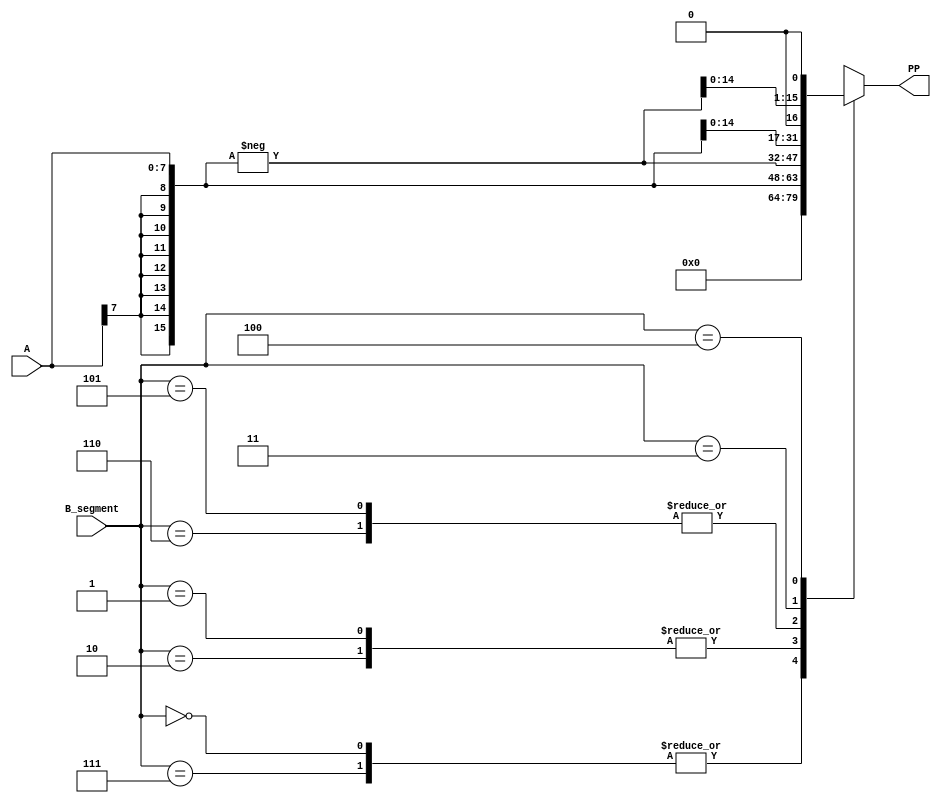
module booth_encoder (
	//	Outputs
	PP,
	// 	Input
	A, B_segment
	);
	input 	[7:0] 	A;
	input 	[2:0] 	B_segment;
	output	[15:0]	PP;
	reg 	[15:0]	PP;
	reg 	[15:0]	A_extended;

	always @ (A or B_segment) begin
		A_extended = {{8{A[7]}},A};	
		case (B_segment)
			3'b000,3'b111: 	PP<= 0;
			3'b001,3'b010: 	PP<= A_extended;
			3'b101,3'b110: 	PP<= (-A_extended);
			3'b011:		PP<= (A_extended<<1);
			3'b100:		PP<= (-A_extended<<1);
		endcase
	end
endmodule

module booth_mult(
	//	Outputs
	p,
	//	Inputs
	a, b
	);
	input 	[7:0]	a,b;
	output 	[15:0]	p;
	reg 	[15:0]	p;
	wire	[15:0]	PP1,PP2,PP3,PP4;
	booth_encoder booth1(PP1,a,{b[1],b[0],1'b0});
	booth_encoder booth2(PP2,a,{b[3],b[2],b[1]});
	booth_encoder booth3(PP3,a,{b[5],b[4],b[3]});
	booth_encoder booth4(PP4,a,{b[7],b[6],b[5]});	
	always @ (PP1 or PP2 or PP3 or PP4) begin
		p = PP1 + (PP2<<2) + (PP3<<4) + (PP4<<6);
	end
endmodule